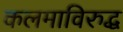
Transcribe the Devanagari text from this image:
कलमाविरुद्ध